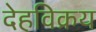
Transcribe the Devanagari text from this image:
देहविक्रय